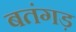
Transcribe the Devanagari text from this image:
बतंगड़